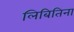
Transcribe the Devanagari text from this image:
लिबितिना